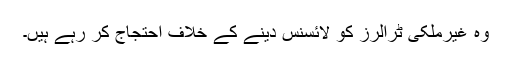
وہ غیرملکی ٹرالرز کو لائسنس دینے کے خلاف احتجاج کر رہے ہیں۔